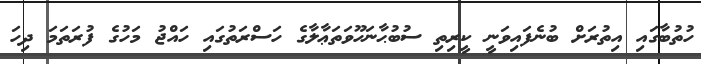
ހުތުބާގައި އިތުރަށް ބުނެފައިވަނީ ކީރިތި ސުބުޙާނަހޫވަތަޢާލާގެ ހަސްރަތުގައި ހައްޖު މަހުގެ ފުރަތަމަ ދިހަ